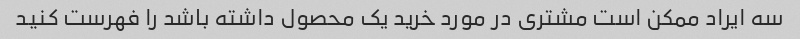
سه ایراد ممکن است مشتری در مورد خرید یک محصول داشته باشد را فهرست کنید